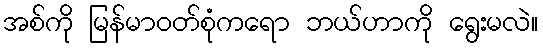
အစ်ကို မြန်မာဝတ်စုံကရော ဘယ်ဟာကို ရွေးမလဲ။